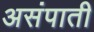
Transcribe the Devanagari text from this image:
असंपाती